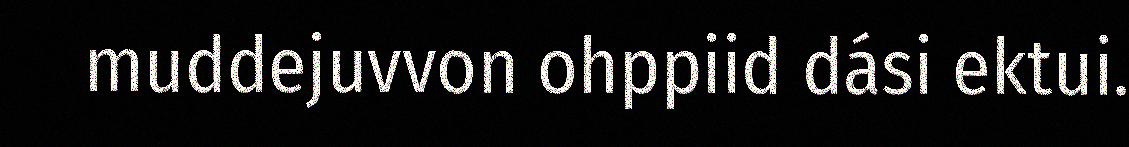
muddejuvvon ohppiid dási ektui.